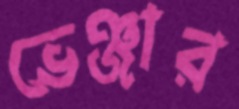
ভেঞ্জার